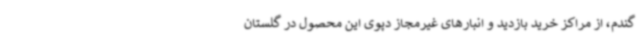
گندم، از مراکز خرید بازدید و انبارهای غیرمجاز دپوی این محصول در گلستان